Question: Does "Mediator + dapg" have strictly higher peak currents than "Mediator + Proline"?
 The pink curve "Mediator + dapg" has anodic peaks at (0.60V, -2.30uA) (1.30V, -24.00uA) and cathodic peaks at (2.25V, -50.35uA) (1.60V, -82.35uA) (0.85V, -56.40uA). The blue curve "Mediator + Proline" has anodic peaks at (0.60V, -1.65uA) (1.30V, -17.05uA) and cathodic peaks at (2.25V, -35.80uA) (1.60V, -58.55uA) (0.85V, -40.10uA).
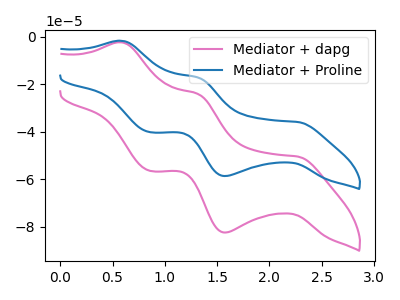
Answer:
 <answer>The peaks in "Mediator + dapg" are neither all higher or all lower than the peaks in "Mediator + Proline".</answer>
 <eval>mixed</eval>